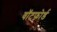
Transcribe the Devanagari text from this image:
वॉटफोर्ड